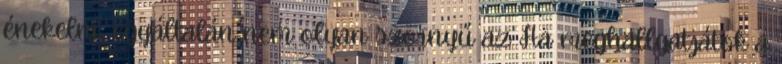
énekelni, egyáltalán nem olyan szörnyű az Ha meghallgatjátok a